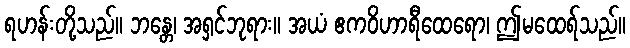
ရဟန်းတို့သည်။ ဘန္တေ၊ အရှင်ဘုရား။ အယံ ဧကဝိဟာရီထေရော၊ ဤမထေရ်သည်။